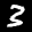
Label: 3